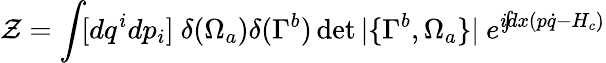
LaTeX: {\cal Z}=\int\! [dq^{i}dp_{i}]~\delta(\Omega_{a})\delta(\Gamma^{b})\operatorname*{det}|\{ \Gamma^{b},\Omega_{a}\} |~e^{i\! \! \int\! \! dx(p\dot{q}-H_{c})}